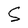
Character: S